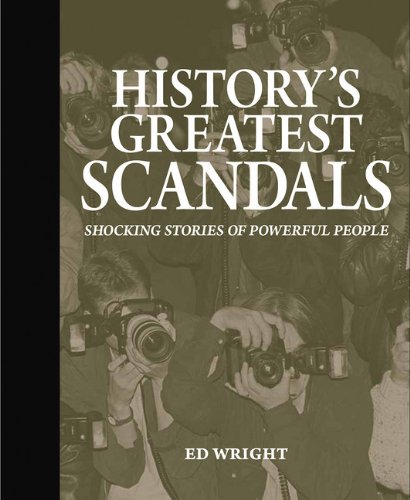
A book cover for History's Greatest Scandals: Shocking Stories of Powerful People; Ed Wright; Biographies & Memoirs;